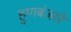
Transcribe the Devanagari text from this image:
हूणबंजारे